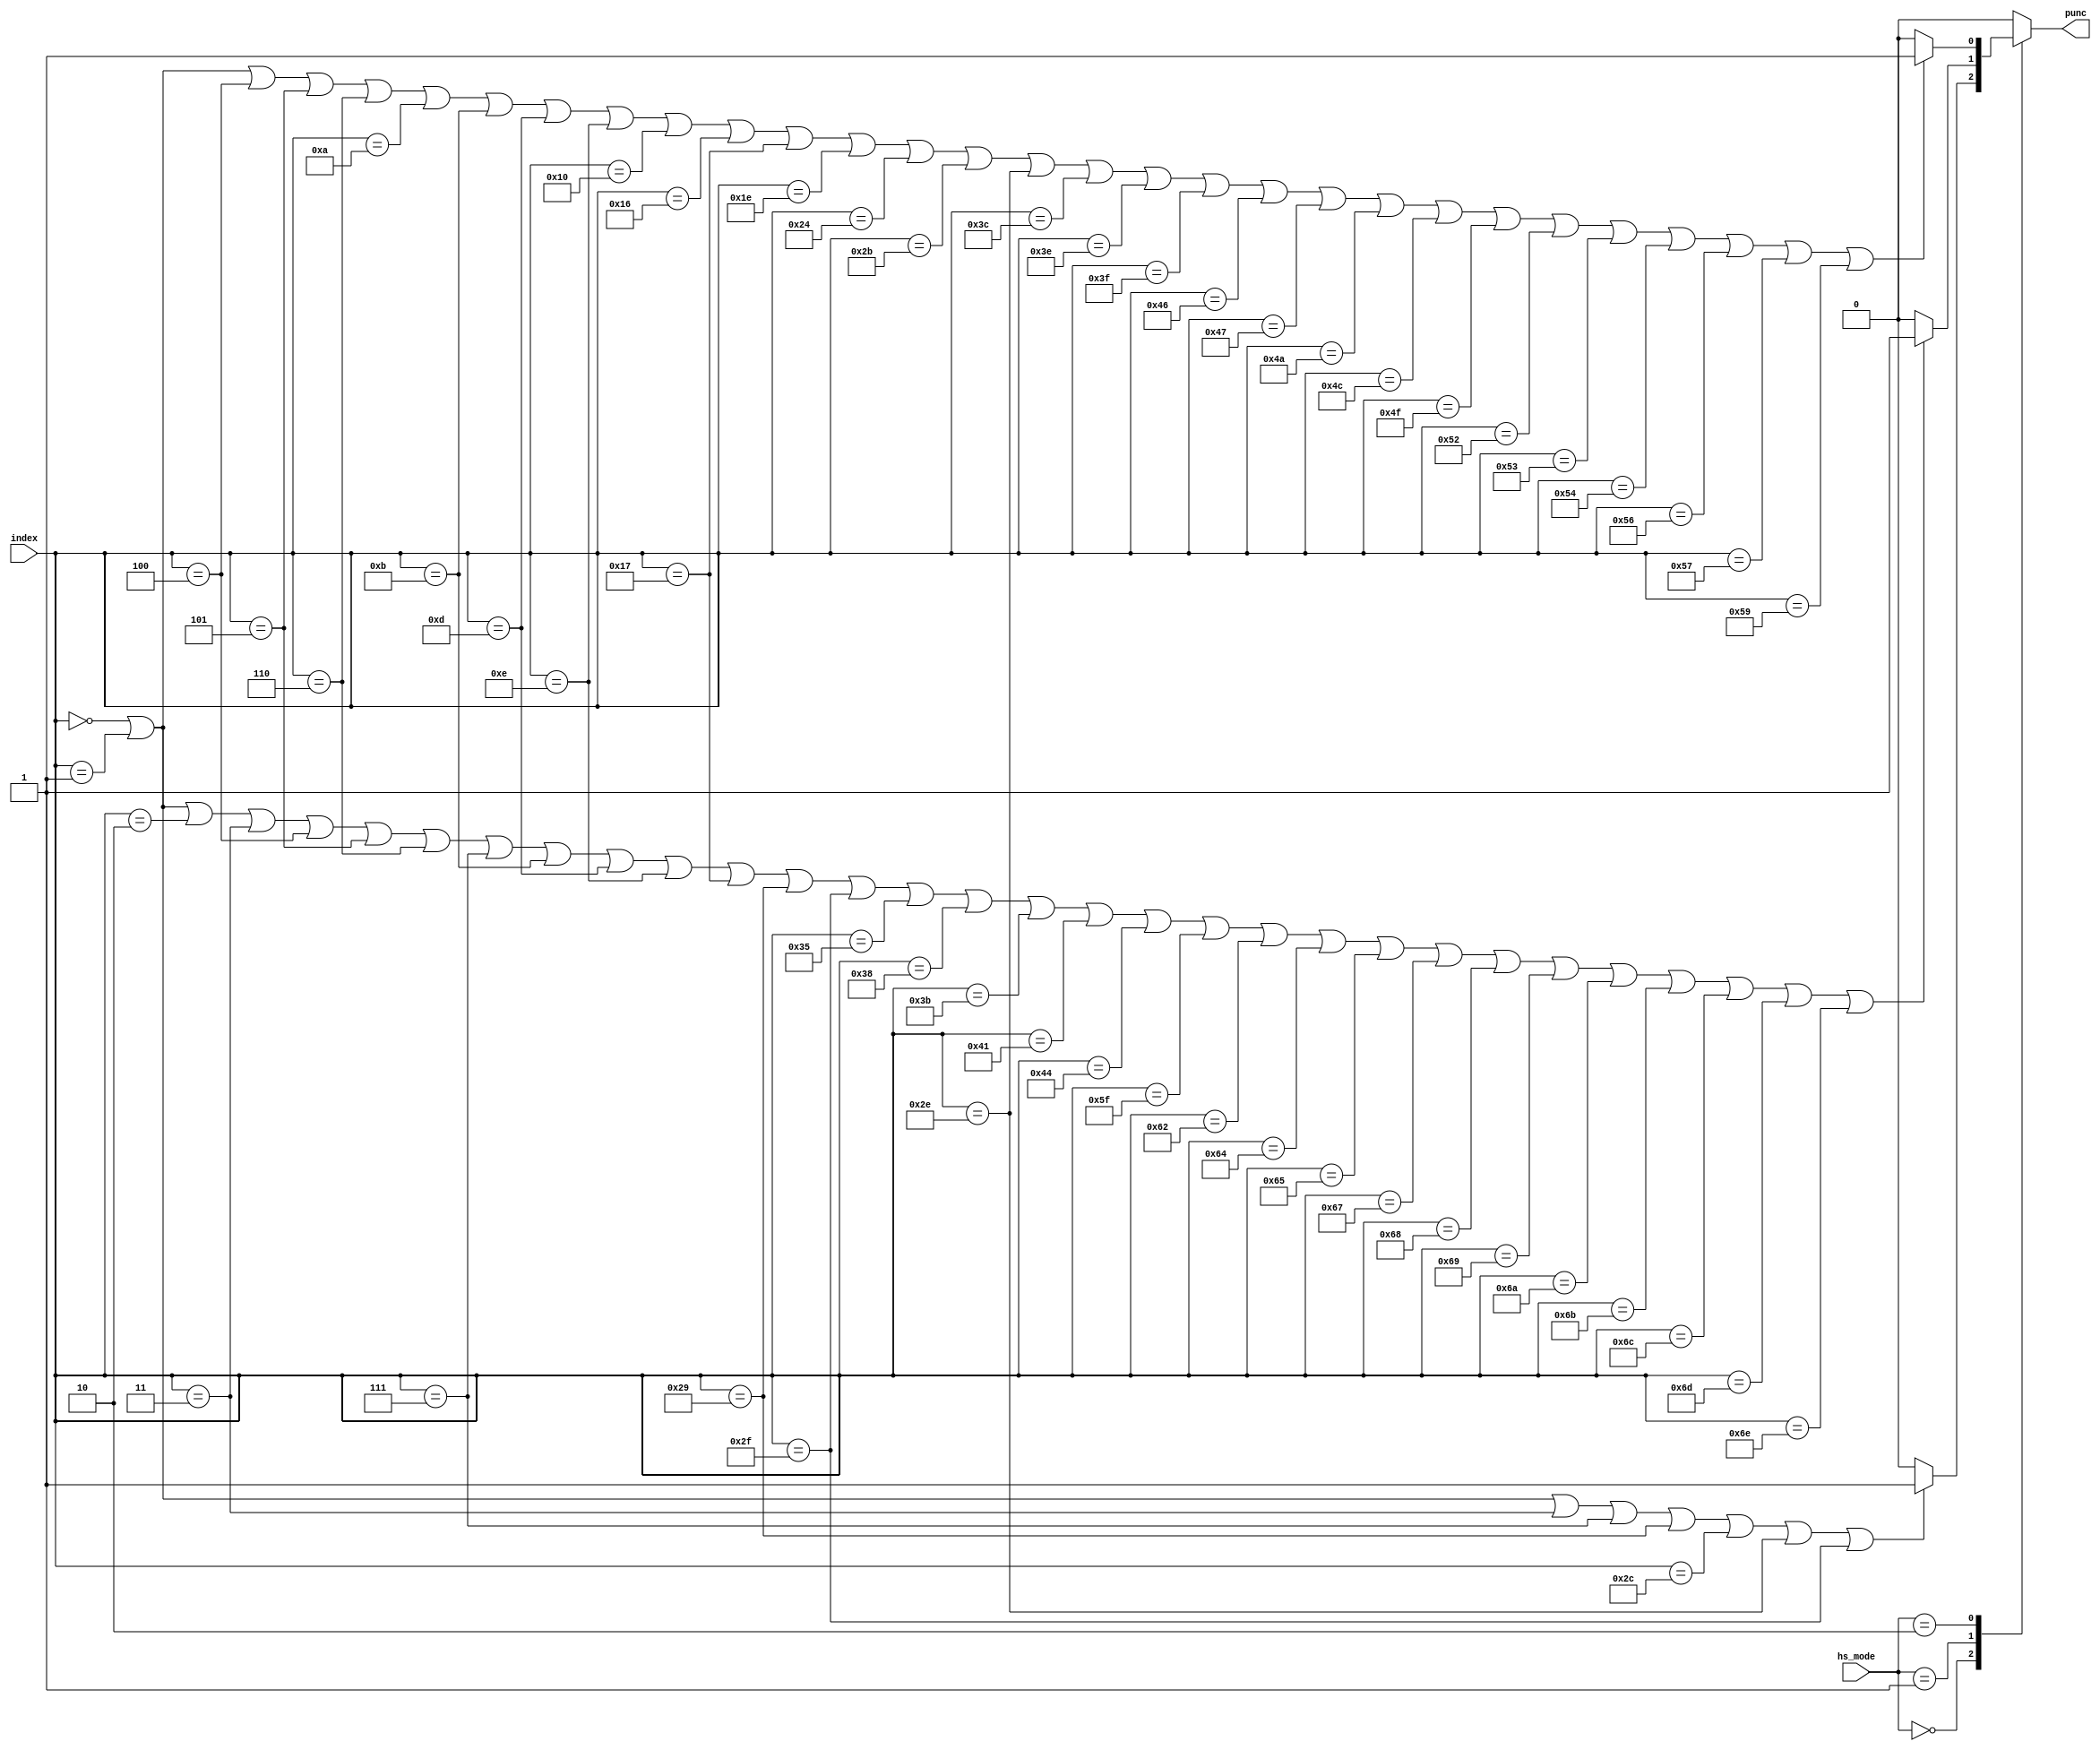
//////////////////////////////////////////////////////////////////////////////
// Module Name          : vdec_hs_derm                                      //
//                                                                          //
// Type                 : Module                                            //
//                                                                          //
// Module Description   : De-ratematching                                   //
//                                                                          //
// Timing Constraints   : Module is designed to work with a clock frequency //
//                        of 307.2 MHz                                      //
//                                                                          //
// Revision History     : 20170926    V0.1    File created                  //
//                                                                          //
//////////////////////////////////////////////////////////////////////////////
module vdec_hs_derm (
    hs_mode,
    index,
    punc
);

// port
input   [1:0]       hs_mode;        // 00: part1, 01: part2, 10: agch
input   [6:0]       index;
output              punc;

//---------------------------------------------------------------------------
// part1 proc
//---------------------------------------------------------------------------
reg                 punc_part1;
// 1,2,4,8,42,45,47,48 are punctured.
always @(*) begin
    if ((   index == 7'd0      ) ||
        (   index == 7'd1      ) ||
        (   index == 7'd3      ) ||
        (   index == 7'd7      ) ||
        (   index == 7'd41     ) ||
        (   index == 7'd44     ) ||
        (   index == 7'd46     ) ||
        (   index == 7'd47     )) begin
        punc_part1 = 1'b1;
    end
    else begin
        punc_part1 = 1'b0;
    end
end
//---------------------------------------------------------------------------
// part2 proc
//---------------------------------------------------------------------------
reg                 punc_part2;
// 1,2,3,4,5,6,7,8,12,14,15,24,42,48,54,57,60,66,69,96,99,101,102,104,105,106,107,108,109,110,111 are punctured.
always @(*) begin
    if ((   index == 7'd0      ) ||
        (   index == 7'd1      ) ||
        (   index == 7'd2      ) ||
        (   index == 7'd3      ) ||
        (   index == 7'd4      ) ||
        (   index == 7'd5      ) ||
        (   index == 7'd6      ) ||
        (   index == 7'd7      ) ||
        (   index == 7'd11     ) ||
        (   index == 7'd13     ) ||
        (   index == 7'd14     ) ||
        (   index == 7'd23     ) ||
        (   index == 7'd41     ) ||
        (   index == 7'd47     ) ||
        (   index == 7'd53     ) ||
        (   index == 7'd56     ) ||
        (   index == 7'd59     ) ||
        (   index == 7'd65     ) ||
        (   index == 7'd68     ) ||
        (   index == 7'd95     ) ||
        (   index == 7'd98     ) ||
        (   index == 7'd100    ) ||
        (   index == 7'd101    ) ||
        (   index == 7'd103    ) ||
        (   index == 7'd104    ) ||
        (   index == 7'd105    ) ||
        (   index == 7'd106    ) ||
        (   index == 7'd107    ) ||
        (   index == 7'd108    ) ||
        (   index == 7'd109    ) ||
        (   index == 7'd110    )) begin
        punc_part2 = 1'b1;
    end
    else begin
        punc_part2 = 1'b0;
    end
end
//---------------------------------------------------------------------------
// agch proc
//---------------------------------------------------------------------------
reg                 punc_agch;
// 1,2,5,6,7,11,12,14,15,17,23,24,31,37,44,47,61,63,64,71,72,75,77,80,83,84,85,87,88,90 are punctured.
always @(*) begin
    if ((   index == 7'd0      ) ||
        (   index == 7'd1      ) ||
        (   index == 7'd4      ) ||
        (   index == 7'd5      ) ||
        (   index == 7'd6      ) ||
        (   index == 7'd10     ) ||
        (   index == 7'd11     ) ||
        (   index == 7'd13     ) ||
        (   index == 7'd14     ) ||
        (   index == 7'd16     ) ||
        (   index == 7'd22     ) ||
        (   index == 7'd23     ) ||
        (   index == 7'd30     ) ||
        (   index == 7'd36     ) ||
        (   index == 7'd43     ) ||
        (   index == 7'd46     ) ||
        (   index == 7'd60     ) ||
        (   index == 7'd62     ) ||
        (   index == 7'd63     ) ||
        (   index == 7'd70     ) ||
        (   index == 7'd71     ) ||
        (   index == 7'd74     ) ||
        (   index == 7'd76     ) ||
        (   index == 7'd79     ) ||
        (   index == 7'd82     ) ||
        (   index == 7'd83     ) ||
        (   index == 7'd84     ) ||
        (   index == 7'd86     ) ||
        (   index == 7'd87     ) ||
        (   index == 7'd89     )) begin
        punc_agch = 1'b1;
    end
    else begin
        punc_agch = 1'b0;
    end
end
//---------------------------------------------------------------------------
// output
//---------------------------------------------------------------------------
reg                 punc;
// proc
always @(*) begin
    case (hs_mode)
        2'b00   : punc = punc_part1;
        2'b01   : punc = punc_part2;
        2'b10   : punc = punc_agch;
        default : punc = 1'b0;
    endcase
end

endmodule